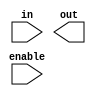
module IO_buffer (
    input wire enable,
    input wire in,
    output wire out
);

// Define parameters for buffer operation
parameter slew_rate = 10; // Fast slew rate
parameter input_capacitance = 5; // Low input capacitance

// Define protection circuitry
reg protect_enable;
reg [3:0] overvoltage_detect;
reg [3:0] esd_detect;

// Define bidirectional communication support
reg direction;

// Buffer operation logic
always @ (posedge enable)
begin
    // Buffer operation code goes here
end

endmodule